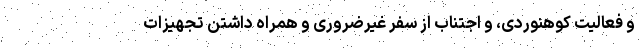
و فعالیت کوهنوردی، و اجتناب از سفر غیرضروری و همراه داشتن تجهیزات